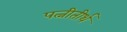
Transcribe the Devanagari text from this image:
पत्नीतीर्थ